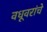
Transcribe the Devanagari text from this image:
वधूवरांचे